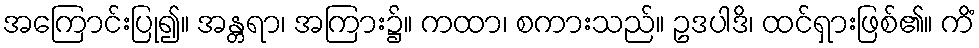
အကြောင်းပြု၍။ အန္တရာ၊ အကြား၌။ ကထာ၊ စကားသည်။ ဥဒပါဒိ၊ ထင်ရှားဖြစ်၏။ ကိံ